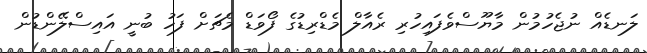
ލަނޑެއް ނުޖެހުމުން މާޔޫސްވެފައިހުރި ރެއާލް މެޑްރިޑުގެ ފޯވަޑް މެޗަށް ފަހު ބުނީ އައިސްލޭންޑުން